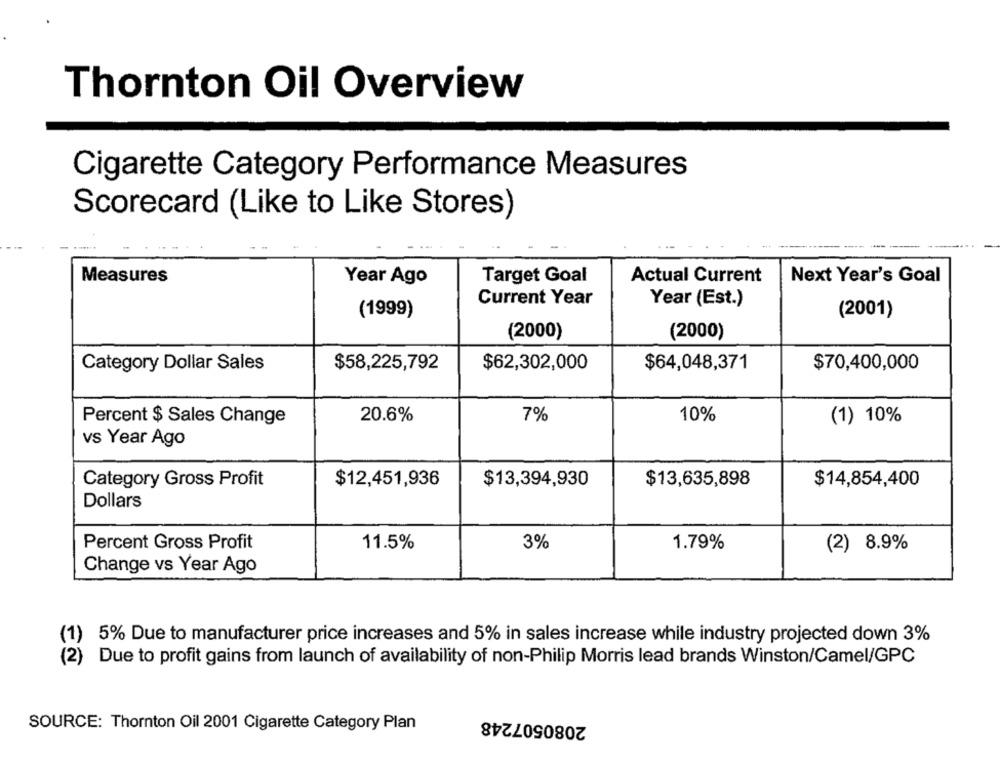
Thornton Oil Overview
Cigarette Category Performance Measures
Scorecard (Like to Like Stores)
Measures
Year Ago
Target Goal
Actual Current
Next Year's Goal
Current Year
Year (Est.)
(1999)
(2001)
(2000)
(2000)
Category Dollar Sales
$58,225,792
$62,302,000
$64,048,371
$70,400,000
Percent $ Sales Change
20.6%
7%
10%
(1) 10%
vs Year Ago
$12,451,936
$13,394,930
$13,635,898
$14,854,400
Category Gross Profit
Dollars
Percent Gross Profit
11.5%
3%
1.79%
(2) 8.9%
Change vs Year Ago
(1)
5% Due to manufacturer price increases and 5% in sales increase while industry projected down 3%
(2)
Due to profit gains from launch of availability of non-Philip Morris lead brands Winston/Camel/GPC
2080507248
SOURCE: Thornton Oil 2001 Cigarette Category Plan